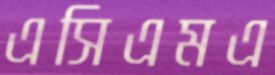
এসিএমএ